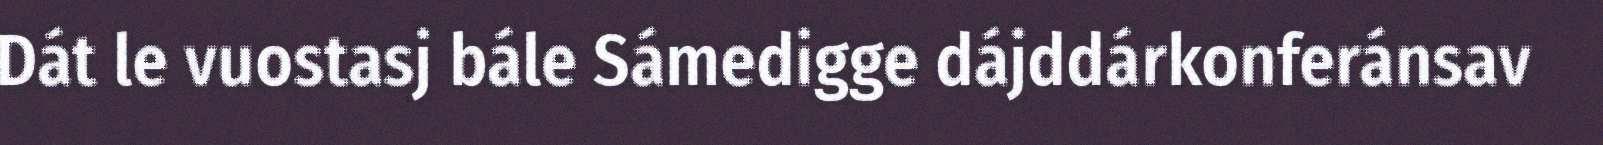
Dát le vuostasj bále Sámedigge dájddárkonferánsav